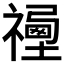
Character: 𥛿